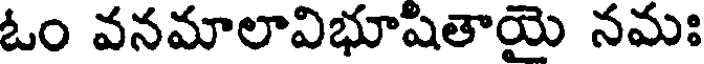
ఓం వనమాలావిభూషితాయై నమః